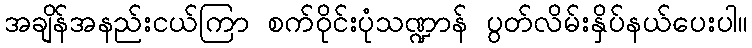
အချိန်အနည်းငယ်ကြာ စက်ဝိုင်းပုံသဏ္ဍာန် ပွတ်လိမ်းနှိပ်နယ်ပေးပါ။